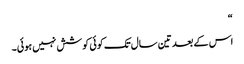
“
اس کے بعد تین سال تک کوئی کوشش نہیں ہوئی۔